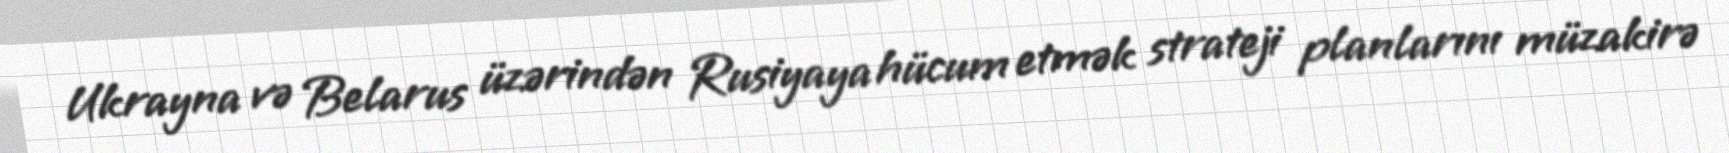
Ukrayna və Belarus üzərindən Rusiyaya hücum etmək strateji planlarını müzakirə